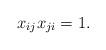
LaTeX: \begin{gather*}x_{ij}x_{ji}=1.\end{gather*}